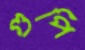
গুপি